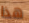
هذا